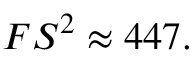
F S ^ { 2 } \approx 4 4 7 .